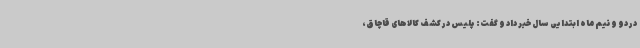
در دو و نیم ماه ابتدایی سال خبر داد و گفت: پلیس در کشف کالاهای قاچاق،